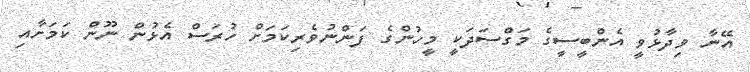
އޭނާ ވިދާޅުވީ އެންބީސީގެ މަގްސަދަކީ މީހުންގެ ފަންނުވެރިކަމަށް ހުރަސް އެޅުން ނޫން ކަމަށާއި